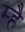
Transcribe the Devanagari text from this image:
म्है